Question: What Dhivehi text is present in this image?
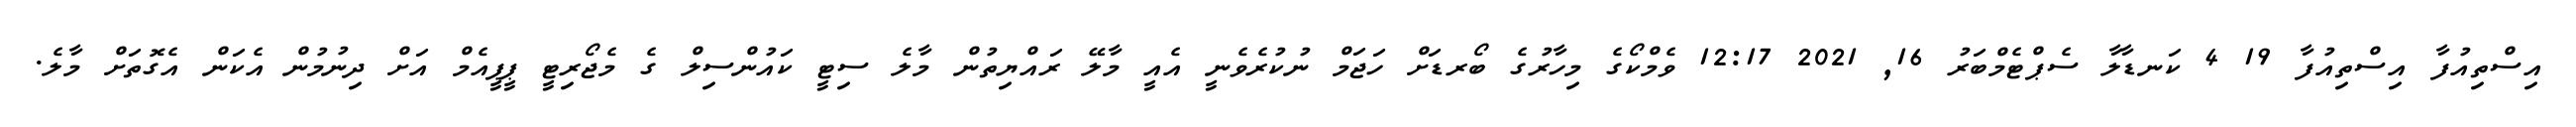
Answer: އިސްތިއުފާ އިސްތިއުފާ 19 4 ކަނޑާލާ ސެޕްޓެމްބަރު 16, 2021 12:17 ވެމްކޯގެ މިހާރުގެ ބޯރޑަށް ހަޖަމް ނުކުރެވެނީ އެއީ މާލޭ ރައްޔިތުން މާލެ ސިޓީ ކައުންސިލް ގެ މެޖޯރިޓީ ޕީޕީއެމް އަށް ދިނުމުން އެކަން އެގޮތަށް މާލެ.